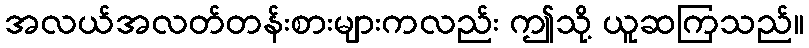
အလယ်အလတ်တန်းစားများကလည်း ဤသို့ ယူဆကြသည်။